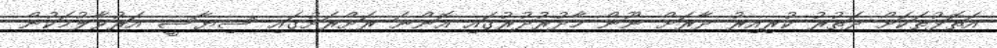
އަތޮޅުތަކަށް ދަތުރު ކުރިއިރު ދާރަށް ނޫން މާދުރުދުރުގައި އޮންނަ ރަށްރަށުގައި ސިޔާސީ އަރުވާލުމަކުން